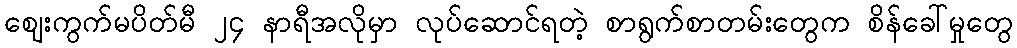
ဈေးကွက်မပိတ်မီ ၂၄ နာရီအလိုမှာ လုပ်ဆောင်ရတဲ့ စာရွက်စာတမ်းတွေက စိန်ခေါ်မှုတွေ